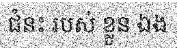
ជំនះ របស់ ខ្លួន ឯង